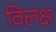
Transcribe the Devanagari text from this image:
विलक्ष